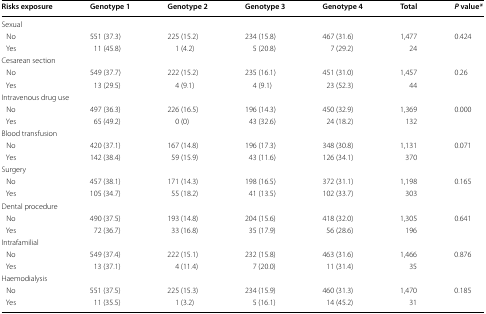
<table><thead><tr><td><b>Risks exposure</b></td><td><b>Genotype 1</b></td><td><b>Genotype 2</b></td><td><b>Genotype 3</b></td><td><b>Genotype 4</b></td><td><b>Total</b></td><td><b><i>P</i> value<i>*</i></b></td></tr></thead><tbody><tr><td colspan="7">Sexual</td></tr><tr><td> No</td><td>551 (37.3)</td><td>225 (15.2)</td><td>234 (15.8)</td><td>467 (31.6)</td><td>1,477</td><td rowspan="2">0.424</td></tr><tr><td> Yes</td><td>11 (45.8)</td><td>1 (4.2)</td><td>5 (20.8)</td><td>7 (29.2)</td><td>24</td></tr><tr><td colspan="7">Cesarean section</td></tr><tr><td> No</td><td>549 (37.7)</td><td>222 (15.2)</td><td>235 (16.1)</td><td>451 (31.0)</td><td>1,457</td><td rowspan="2">0.26</td></tr><tr><td> Yes</td><td>13 (29.5)</td><td>4 (9.1)</td><td>4 (9.1)</td><td>23 (52.3)</td><td>44</td></tr><tr><td colspan="7">Intravenous drug use</td></tr><tr><td> No</td><td>497 (36.3)</td><td>226 (16.5)</td><td>196 (14.3)</td><td>450 (32.9)</td><td>1,369</td><td rowspan="2">0.000</td></tr><tr><td> Yes</td><td>65 (49.2)</td><td>0 (0)</td><td>43 (32.6)</td><td>24 (18.2)</td><td>132</td></tr><tr><td colspan="7">Blood transfusion</td></tr><tr><td> No</td><td>420 (37.1)</td><td>167 (14.8)</td><td>196 (17.3)</td><td>348 (30.8)</td><td>1,131</td><td rowspan="2">0.071</td></tr><tr><td> Yes</td><td>142 (38.4)</td><td>59 (15.9)</td><td>43 (11.6)</td><td>126 (34.1)</td><td>370</td></tr><tr><td colspan="7">Surgery</td></tr><tr><td> No</td><td>457 (38.1)</td><td>171 (14.3)</td><td>198 (16.5)</td><td>372 (31.1)</td><td>1,198</td><td rowspan="2">0.165</td></tr><tr><td> Yes</td><td>105 (34.7)</td><td>55 (18.2)</td><td>41 (13.5)</td><td>102 (33.7)</td><td>303</td></tr><tr><td colspan="7">Dental procedure</td></tr><tr><td> No</td><td>490 (37.5)</td><td>193 (14.8)</td><td>204 (15.6)</td><td>418 (32.0)</td><td>1,305</td><td rowspan="2">0.641</td></tr><tr><td> Yes</td><td>72 (36.7)</td><td>33 (16.8)</td><td>35 (17.9)</td><td>56 (28.6)</td><td>196</td></tr><tr><td colspan="7">Intrafamilial</td></tr><tr><td> No</td><td>549 (37.4)</td><td>222 (15.1)</td><td>232 (15.8)</td><td>463 (31.6)</td><td>1,466</td><td rowspan="2">0.876</td></tr><tr><td> Yes</td><td>13 (37.1)</td><td>4 (11.4)</td><td>7 (20.0)</td><td>11 (31.4)</td><td>35</td></tr><tr><td colspan="7">Haemodialysis</td></tr><tr><td> No</td><td>551 (37.5)</td><td>225 (15.3)</td><td>234 (15.9)</td><td>460 (31.3)</td><td>1,470</td><td rowspan="2">0.185</td></tr><tr><td> Yes</td><td>11 (35.5)</td><td>1 (3.2)</td><td>5 (16.1)</td><td>14 (45.2)</td><td>31</td></tr></tbody></table>